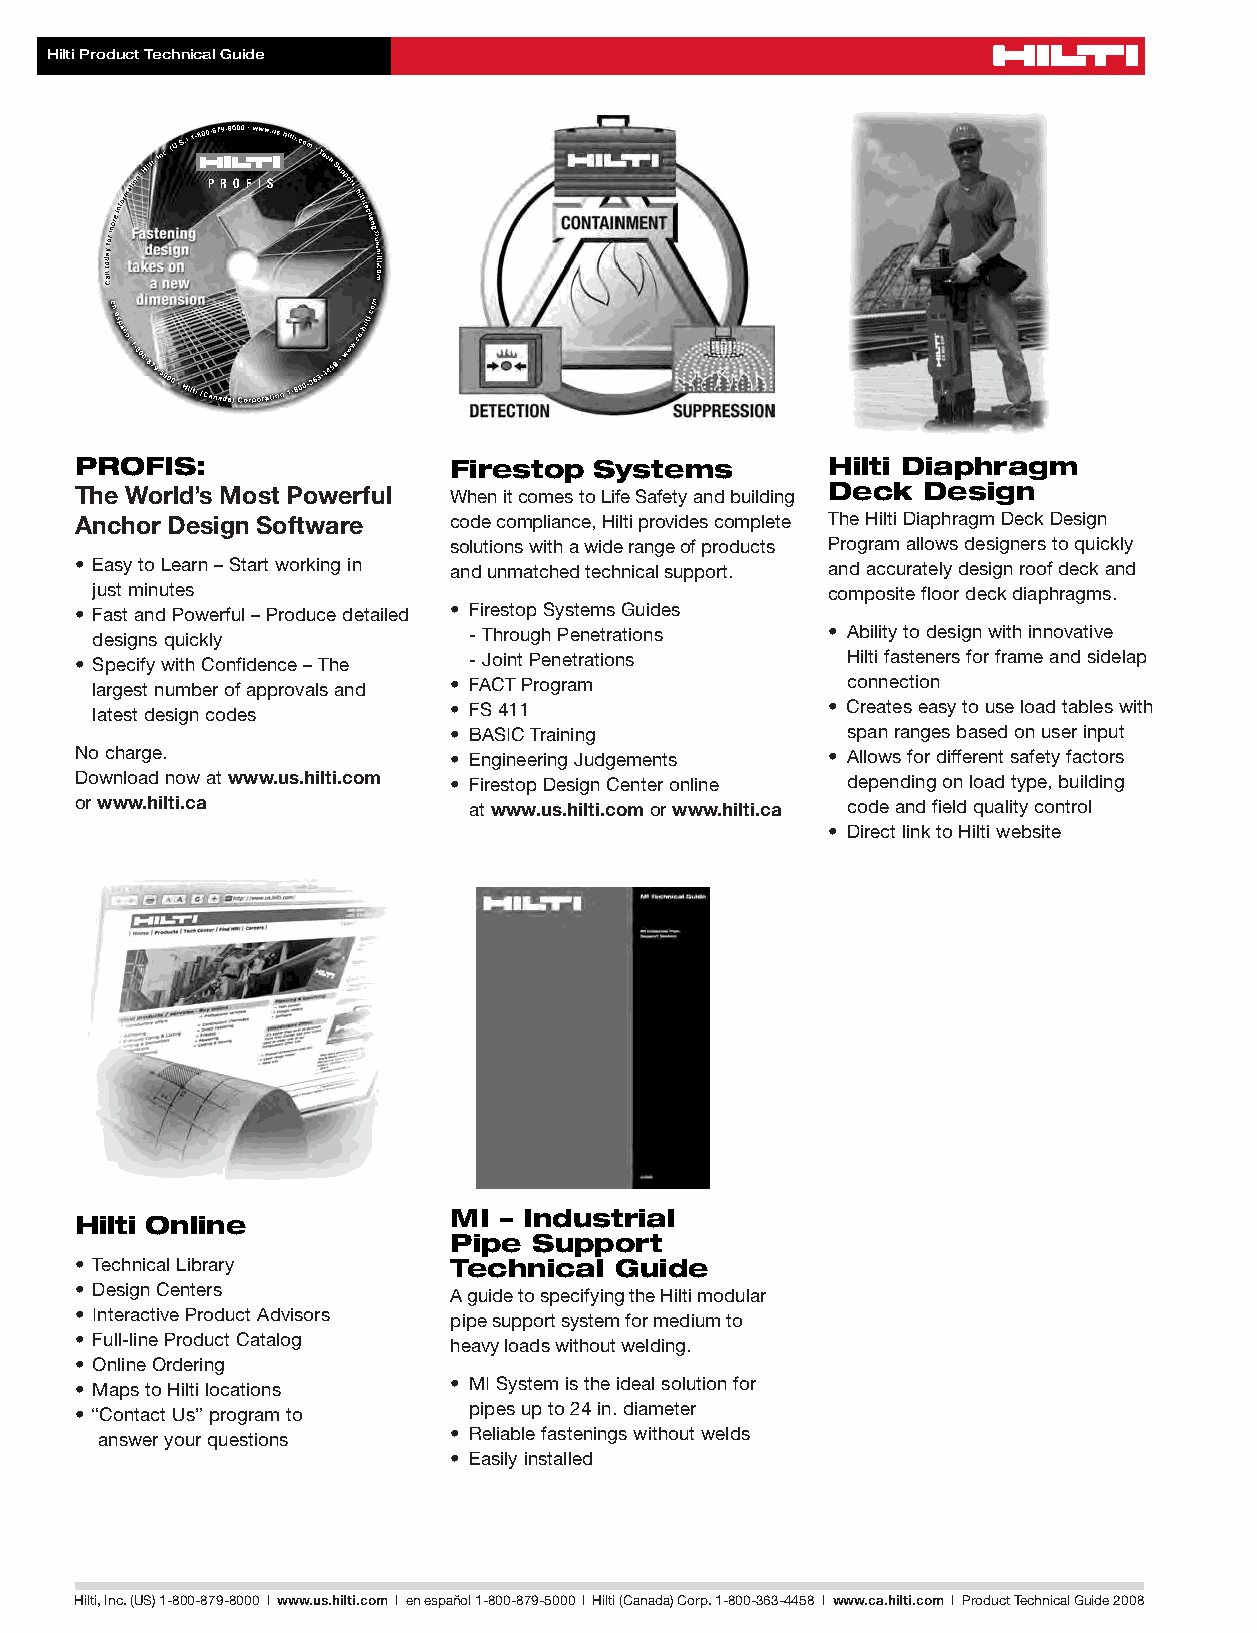
Prod_Tech_Guide_Cover_2008.qxd:MI_Kapitel_5_en.qxd 12/29/07 2:16 PM Page 4
 HiltiProductTechnicalGuide
 P R O F I S
 PROFIS:                  Firestop Systems         Hilti Diaphragm
 TheWorld’sMostPowerful   WhenitcomestoLifeSafetyandbuilding Deck Design
 AnchorDesign Software    codecompliance,Hiltiprovidescomplete TheHiltiDiaphragmDeckDesign
 solutionswithawiderangeofproducts Programallowsdesignerstoquickly
 • EasytoLearn–Startworkingin andunmatchedtechnicalsupport. andaccuratelydesignroofdeckand
 justminutes                                      compositefloordeckdiaphragms.
 • FastandPowerful–Producedetailed • FirestopSystemsGuides
 designsquickly           -ThroughPenetrations    • Abilitytodesignwithinnovative
 • SpecifywithConfidence–The -JointPenetrations     Hiltifastenersforframeandsidelap
 largestnumberofapprovalsand • FACTProgram         connection
 latestdesigncodes       • FS411                  • Createseasytouseloadtableswith
 • BASICTraining           spanrangesbasedonuserinput
 Nocharge.                • EngineeringJudgements  • Allowsfordifferentsafetyfactors
 Downloadnowatwww.us.hilti.com • FirestopDesignCenteronline dependingonloadtype,building
 orwww.hilti.ca            atwww.us.hilti.comorwww.hilti.ca codeandfieldqualitycontrol
 • DirectlinktoHiltiwebsite
 MI – Industrial
 Hilti Online
 Pipe Support
 • TechnicalLibrary       Technical  Guide
 • DesignCenters          AguidetospecifyingtheHiltimodular
 • InteractiveProductAdvisors pipesupportsystemformediumto
 • Full-lineProductCatalog heavyloadswithoutwelding.
 • OnlineOrdering
 • MISystemistheidealsolutionfor
 • MapstoHiltilocations
 pipesupto24in.diameter
 • “ContactUs”programto
 • Reliablefasteningswithoutwelds
 answeryourquestions
 • Easilyinstalled
 Hilti,Inc.(US)1-800-879-8000 | www.us.hilti.com I enespañol1-800-879-5000 I Hilti(Canada)Corp.1-800-363-4458 I www.ca.hilti.com I ProductTechnicalGuide2008